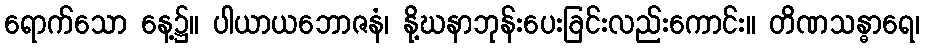
ရောက်သော နေ့၌။ ပါယာယဘောဇနံ၊ နို့ဃနာဘုန်းပေးခြင်းလည်းကောင်း။ တိဏသန္ဓာရေ၊